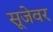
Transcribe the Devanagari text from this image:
सूजेवर